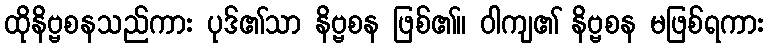
ထိုနိဗ္ဗစနသည်ကား ပုဒ်၏သာ နိဗ္ဗစန ဖြစ်၏။ ဝါကျ၏ နိဗ္ဗစန မဖြစ်ရကား